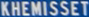
KHEMISSET